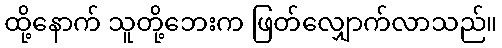
ထို့နောက် သူတို့ဘေးက ဖြတ်လျှောက်လာသည်။